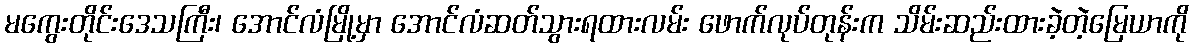
မကွေးတိုင်းဒေသကြီး၊ အောင်လံမြို့မှာ အောင်လံဆတ်သွားရထားလမ်း ဖောက်လုပ်တုန်းက သိမ်းဆည်းထားခဲ့တဲ့မြေယာကို